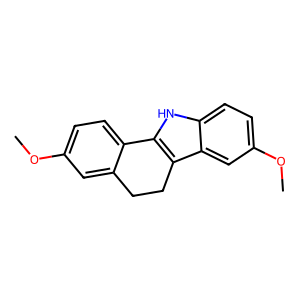
SMILES: COc1ccc2c(c1)CCc1c-2[nH]c2ccc(OC)cc12
Inhibits HIV replication: No